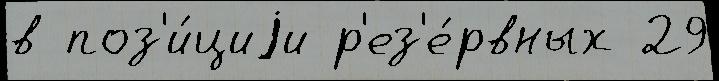
в поз'и́циjи р'ез'е́рвных 29